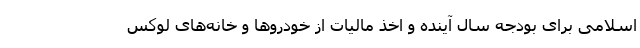
اسلامی برای بودجه سال آینده و اخذ مالیات از خودروها و خانه‌های لوکس